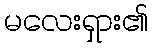
မလေးရှား၏